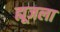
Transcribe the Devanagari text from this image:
ह्यूजला